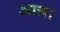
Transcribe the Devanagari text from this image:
आय़ा